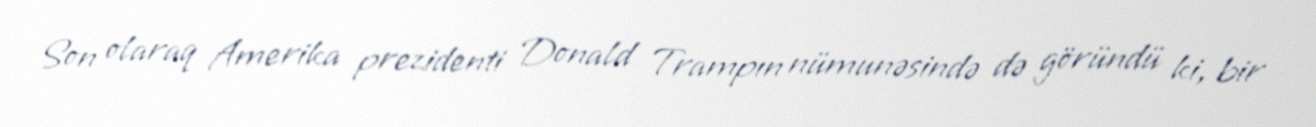
Son olaraq Amerika prezidenti Donald Trampın nümunəsində də göründü ki, bir